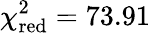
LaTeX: \chi_{\textrm{red}}^{2}=73.91